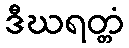
ဒီဃရတ္တံ